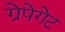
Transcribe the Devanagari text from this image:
ग्रेपेगेट